Annual report of the Punjab Veterinary College and of the Civil Veterinary Department, Punjab - 1926-1932
Year: 1926
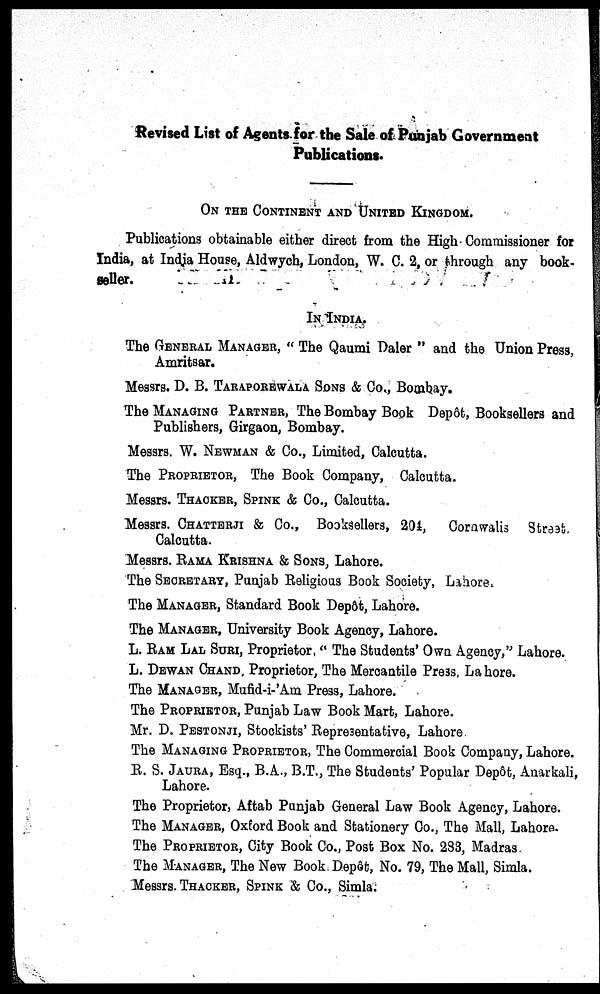
Revised List of Agents for the Sale of Punjab Government
Publications.
ON THE CONTINENT AND UNITED KINGDOM.
Publications obtainable either direct from the High-Commissioner for
India, at India House, Aldwych, London, W. C. 2, or through any book-
seller.
IN INDIA.
The GENERAL MANAGER, "The Qaumi Daler" and the Union Press,
Amritsar.
Messrs. D. B. TARAPOREWALA SONS & Co., Bombay.
The MANAGING PARTNER, The Bombay Book Depôt, Booksellers and
Publishers, Girgaon, Bombay.
Messrs. W. NEWMAN & Co., Limited, Calcutta.
The PROPRIETOR, The Book Company, Calcutta.
Messrs. THACKER, SPINK & Co., Calcutta.
Messrs. CHATTERJI & Co., Booksellers, 201, Corawalis Street.
Calcutta.
Messrs. RAMA KRISHNA & SONS, Lahore.
The SECRETARY, Punjab Religious Book Society, Lahore.
The MANAGER, Standard Book Depôt, Lahore.
The MANAGER, University Book Agency, Lahore.
L. RAM LAL SURI, Proprietor, "The Students' Own Agency," Lahore.
L. DEWAN CHAND, Proprietor, The Mercantile Press, Lahore.
The MANAGER, Mufid-i-'Am Press, Lahore.
The PROPRITOR, Punjab Law Book Mart, Lahore.
Mr. D. PESTONJI, Stockists' Representative, Lahore
The MANAGING PROPRIETOR, The Commercial Book Company, Lahore.
R. S. JAURA, Esq., B.A., B.T., The Students' Popular Depôt, Anarkali,
Lahore.
The Proprietor, Aftab Punjab General Law Book Agency, Lahore.
The MANAGER, Oxford Book and Stationery Co., The Mall, Lahore.
The PRPRIETOR, City Book Co., Post Box No. 283, Madras
The MANAGER, The New Book Depôt, No. 79, The Mall, Simla.
Messrs. THACKER, SPINK & Co., Simla.